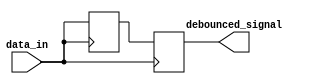
module debounce_circuit (
    input wire data_in,
    output reg debounced_signal
);

reg current_state;
reg prev_state;

always @(posedge data_in) begin
    current_state <= data_in;
end

always @(*) begin
    prev_state = current_state;
end

always @(posedge data_in) begin
    if(current_state == prev_state)
        debounced_signal <= current_state;
end

endmodule